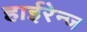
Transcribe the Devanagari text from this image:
हाईरेन्ज